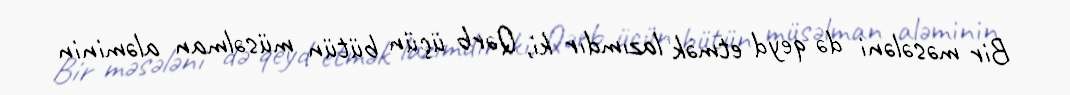
Bir məsələni də qeyd etmək lazımdır ki, Qərb üçün bütün müsəlman aləminin